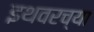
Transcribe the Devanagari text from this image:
इथवरच्या